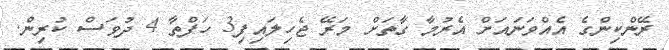
ރޭންކިންގެ އެއްވަނައަށް އެރުމާ ގާތަށް މަރޭ ޖެހިލައިފި3 ހަފްތާ 4 ދުވަސް ކުރިން.